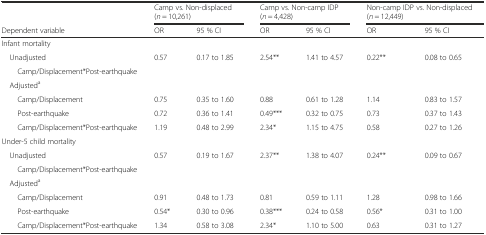
<table><thead><tr><td></td><td colspan="2"><b>Camp vs. Non-displaced (<i>n</i> = 10,261)</b></td><td colspan="2"><b>Camp vs. Non-camp IDP (<i>n</i> = 4,428)</b></td><td colspan="2"><b>Non-camp IDP vs. Non-displaced (<i>n</i> = 12,449)</b></td></tr><tr><td><b>Dependent variable</b></td><td><b>OR</b></td><td><b>95 % CI</b></td><td><b>OR</b></td><td><b>95 % CI</b></td><td><b>OR</b></td><td><b>95 % CI</b></td></tr></thead><tbody><tr><td colspan="7">Infant mortality</td></tr><tr><td> Unadjusted</td><td rowspan="2">0.57</td><td rowspan="2">0.17 to 1.85</td><td rowspan="2">2.54**</td><td rowspan="2">1.41 to 4.57</td><td rowspan="2">0.22**</td><td rowspan="2">0.08 to 0.65</td></tr><tr><td>Camp/Displacement*Post-earthquake</td></tr><tr><td> Adjusted<sup>a</sup></td><td></td><td></td><td></td><td></td><td></td><td></td></tr><tr><td>Camp/Displacement</td><td>0.75</td><td>0.35 to 1.60</td><td>0.88</td><td>0.61 to 1.28</td><td>1.14</td><td>0.83 to 1.57</td></tr><tr><td>Post-earthquake</td><td>0.72</td><td>0.36 to 1.41</td><td>0.49***</td><td>0.32 to 0.75</td><td>0.73</td><td>0.37 to 1.43</td></tr><tr><td>Camp/Displacement*Post-earthquake</td><td>1.19</td><td>0.48 to 2.99</td><td>2.34*</td><td>1.15 to 4.75</td><td>0.58</td><td>0.27 to 1.26</td></tr><tr><td colspan="7">Under-5 child mortality</td></tr><tr><td> Unadjusted</td><td rowspan="2">0.57</td><td rowspan="2">0.19 to 1.67</td><td rowspan="2">2.37**</td><td rowspan="2">1.38 to 4.07</td><td rowspan="2">0.24**</td><td rowspan="2">0.09 to 0.67</td></tr><tr><td>Camp/Displacement*Post-earthquake</td></tr><tr><td colspan="7"> Adjusted<sup>a</sup></td></tr><tr><td>Camp/Displacement</td><td>0.91</td><td>0.48 to 1.73</td><td>0.81</td><td>0.59 to 1.11</td><td>1.28</td><td>0.98 to 1.66</td></tr><tr><td>Post-earthquake</td><td>0.54*</td><td>0.30 to 0.96</td><td>0.38***</td><td>0.24 to 0.58</td><td>0.56*</td><td>0.31 to 1.00</td></tr><tr><td>Camp/Displacement*Post-earthquake</td><td>1.34</td><td>0.58 to 3.08</td><td>2.34*</td><td>1.10 to 5.00</td><td>0.63</td><td>0.31 to 1.27</td></tr></tbody></table>